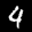
Label: 4